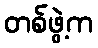
တစ်ဖွဲ့က